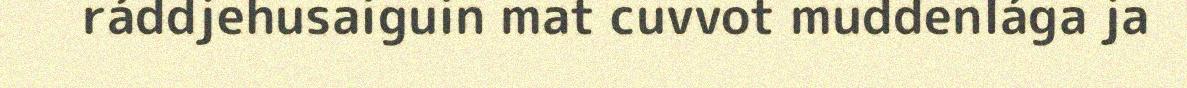
ráddjehusaiguin mat cuvvot muddenlága ja